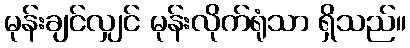
မုန်းချင်လျှင် မုန်းလိုက်ရုံသာ ရှိသည်။